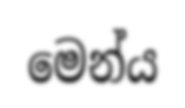
මෙන්ය